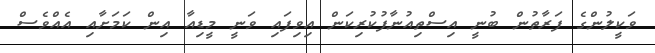
ވަކީލުންގެ ފަރާތުން ބުނީ އިސްތިއުނާފުކުރިކަން އިވިފައި ވަނީ މީޑިއާ އިން ކަމަށާއި އެއްވެސް